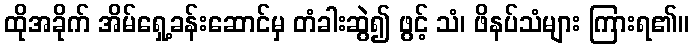
ထိုအခိုက် အိမ်ရှေ့ခန်းဆောင်မှ တံခါးဆွဲ၍ ဖွင့် သံ၊ ဖိနပ်သံများ ကြားရ၏။